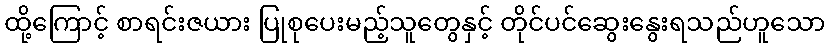
ထို့ကြောင့် စာရင်းဇယား ပြုစုပေးမည့်သူတွေနှင့် တိုင်ပင်ဆွေးနွေးရသည်ဟူသော